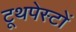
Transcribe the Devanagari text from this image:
टूथपेस्टों